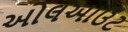
ઓલઆઉટ